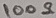
Text: 100 Ω